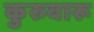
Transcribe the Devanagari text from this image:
कुरुवारू